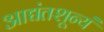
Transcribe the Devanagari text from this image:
आद्यंतशून्यं